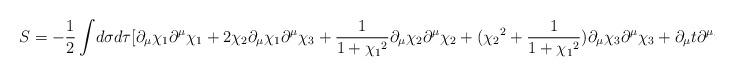
LaTeX: \begin{align*}S = -\frac{1}{2}\int\!d\sigma d\tau[\partial_\mu\chi_1 \partial^\mu\chi_1 + 2\chi_2\partial_\mu\chi_1 \partial^\mu\chi_3 + \frac{1}{1+{\chi_1}^2}\partial_\mu\chi_2 \partial^\mu\chi_2 + ({\chi_2}^2+\frac{1}{1+{\chi_1}^2})\partial_\mu\chi_3 \partial^\mu\chi_3 +\partial_\mu t \partial^\mu t].\end{align*}